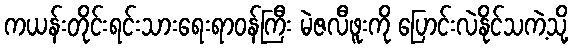
ကယန်းတိုင်းရင်းသားရေးရာဝန်ကြီး မဲဇလီဖူးကို ပြောင်းလဲနိုင်သကဲ့သို့